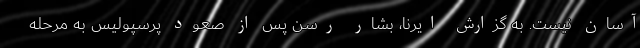
آسان نیست. به گزارش ایرنا، بشار رسن پس از صعود پرسپولیس به مرحله